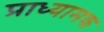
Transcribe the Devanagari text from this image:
प्राध्यामक